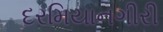
દરમિયાનગીરી